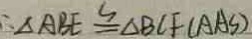
\therefore \Delta A B E \cong \Delta B C F ( A A S )